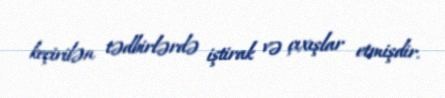
keçirilən tədbirlərdə iştirak və çıxışlar etmişdir.